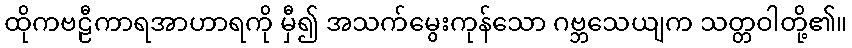
ထိုကဗဠီကာရအာဟာရကို မှီ၍ အသက်မွေးကုန်သော ဂဗ္ဘသေယျက သတ္တဝါတို့၏။